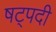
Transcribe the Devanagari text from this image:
षट्‍पदी